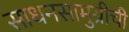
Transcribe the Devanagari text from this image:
साधनसामुग्रीची